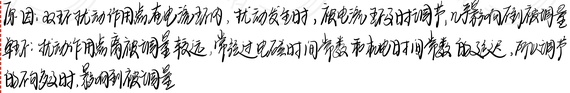
原因：双环扰动作用点在电流环内，扰动发生时，跟电流环实时调节，几乎何向到被调量
结果：扰动作用点离被调量较远，常经过电磁时间常数和机电时间常数延迟，所以调节的不同段时，影响到被调量